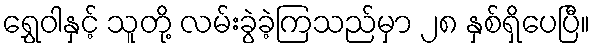
ရွှေဝါနှင့် သူတို့ လမ်းခွဲခဲ့ကြသည်မှာ ၂၈ နှစ်ရှိပေပြီ။